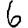
Digit: 6